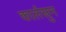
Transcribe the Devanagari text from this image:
कार्लस्रुन